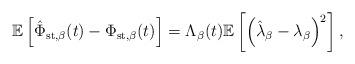
LaTeX: \begin{align*}&\mathbb{E}\left[\hat{\Phi}_{\rm{st},\beta}(t) - \Phi_{\rm{st},\beta}(t) \right] = \Lambda_\beta(t) \mathbb{E}\left[\left(\hat{\lambda}_{\beta}-\lambda_{\beta}\right)^2\right],\end{align*}